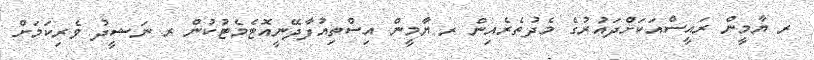
ރ ޔާމީން ރައީސްއަކަށްދައުރުގެ މެދުތެރެއިން ރ ޔާމީން އިސްތިއުފާދޭނީއޮޓެމެޓުކުން ރ ނަޝީދު ވެރިކަމަށް